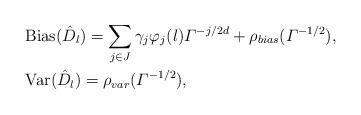
LaTeX: \begin{align*} &\begin{aligned} {\rm Bias}(\hat D_l) = \sum_{j\in J}\gamma_j\varphi_j(l)\varGamma^{-j/2d} +\rho_{bias}(\varGamma^{-1/2} ), \end{aligned}\\ &\begin{aligned} {\rm Var}(\hat D_l) = \rho_{var}(\varGamma^{-1/2} ), \end{aligned} \end{align*}